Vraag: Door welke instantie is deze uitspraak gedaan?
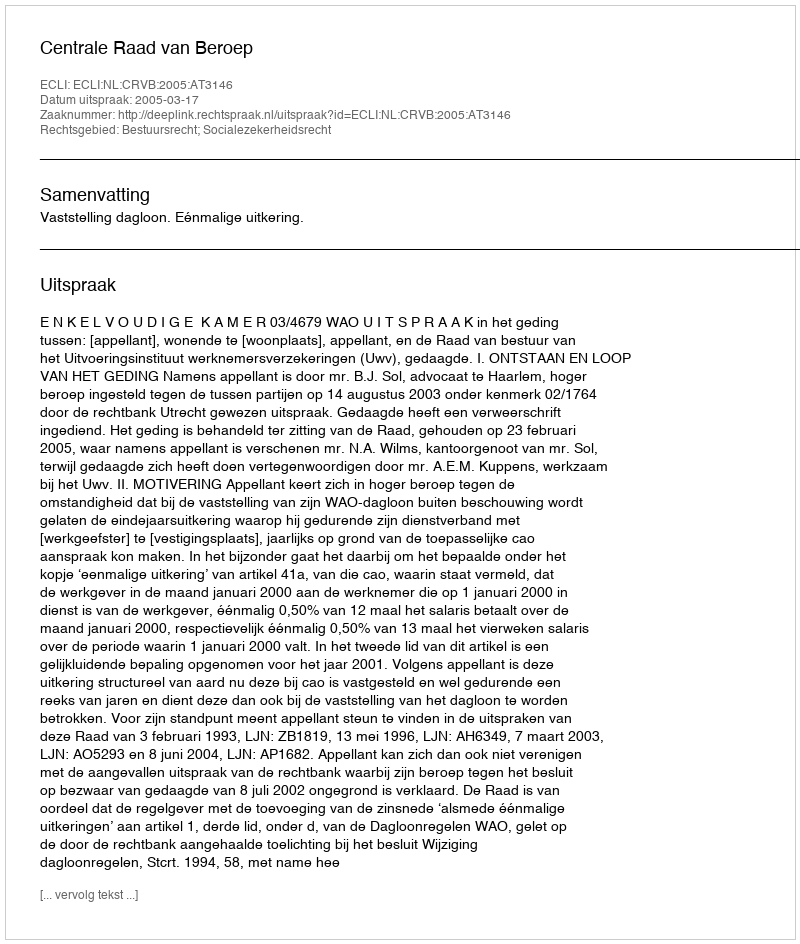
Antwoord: Centrale Raad van Beroep